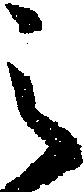
之